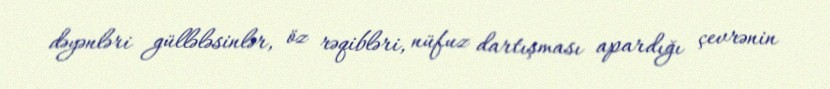
dəyənləri güllələsinlər, öz rəqibləri, nüfuz dartışması apardığı çevrənin